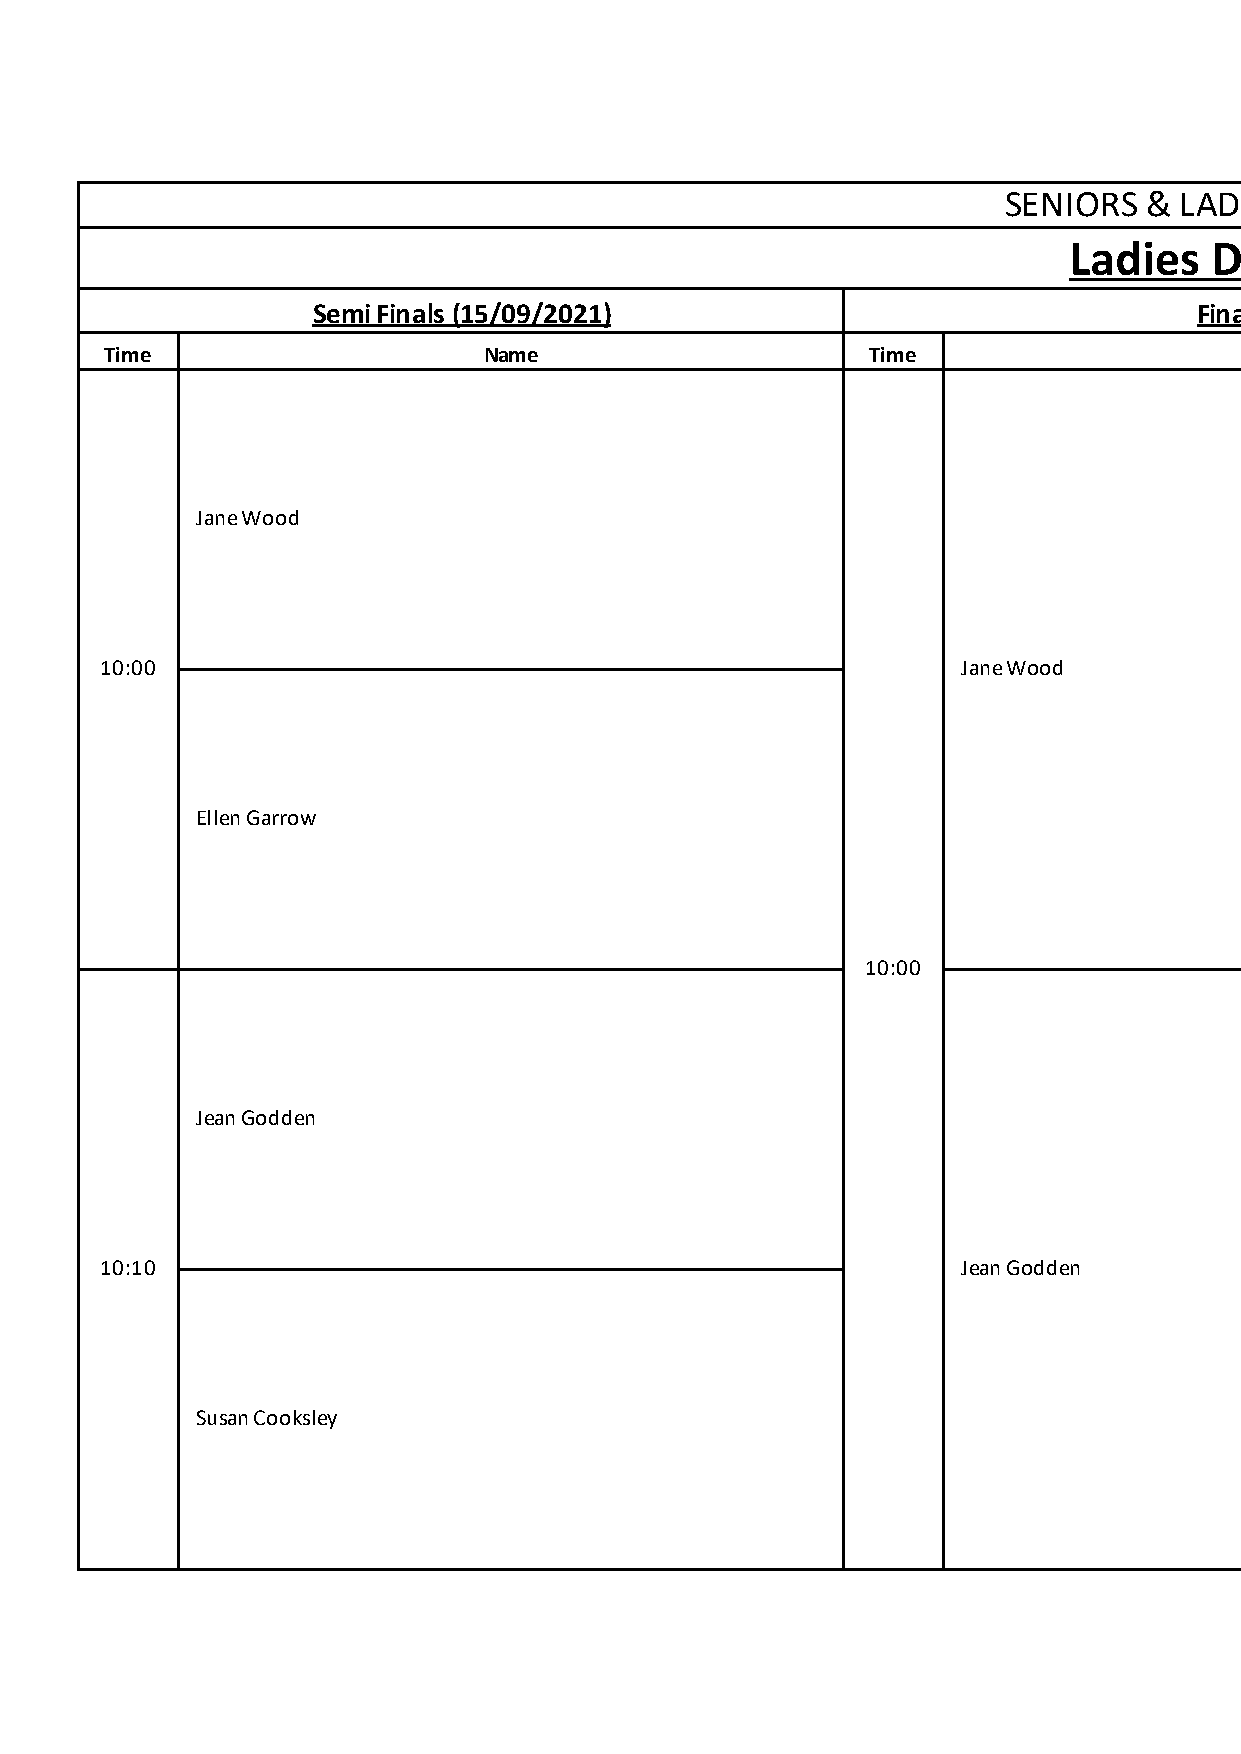
SENIORS   & LADIES  3 DAY OPEN
 Ladies   Division    2
 Semi Finals (15/09/2021)                                  Final (16/09/2021)                                      Winner
 Time                     Name                      Time                          Name
 Jane Wood
 10:00                                                    Jane Wood
 Ellen Garrow
 10:00
 Jean Godden
 10:10                                                    Jean Godden
 Susan Cooksley